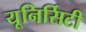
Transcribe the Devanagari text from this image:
यूनिर्सिटी